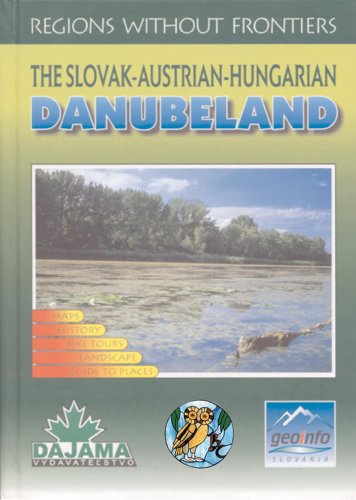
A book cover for The Slovak-Austrian-Hungarian Danubeland (Regions Without Frontiers); Daniel Kollar; Travel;